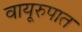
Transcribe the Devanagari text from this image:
वायूरुपात